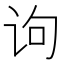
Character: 𰵛